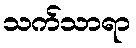
သက်သာရာ